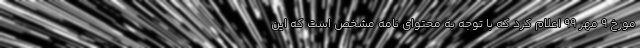
مورخ ۹ مهر ۹۹ اعلام کرد که با توجه به محتوای نامه مشخص است که این